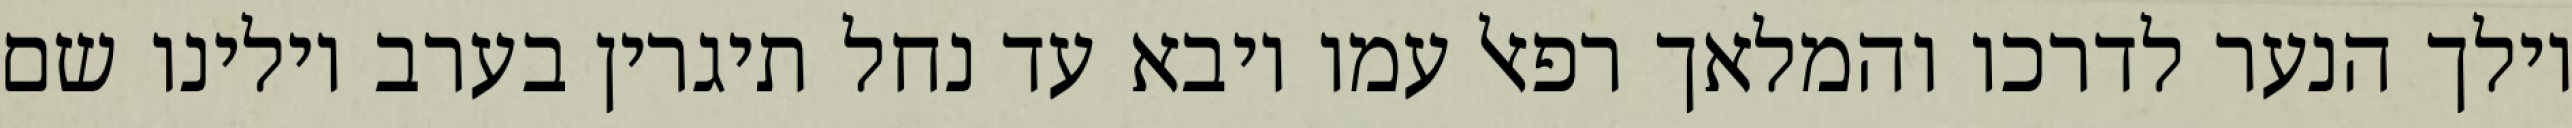
וילך הנער לדרכו והמלאך רפאל עמו ויבא עד נחל תיגרין בערב וילינו שם